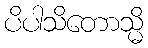
ပိပါသိတောသ္မိ